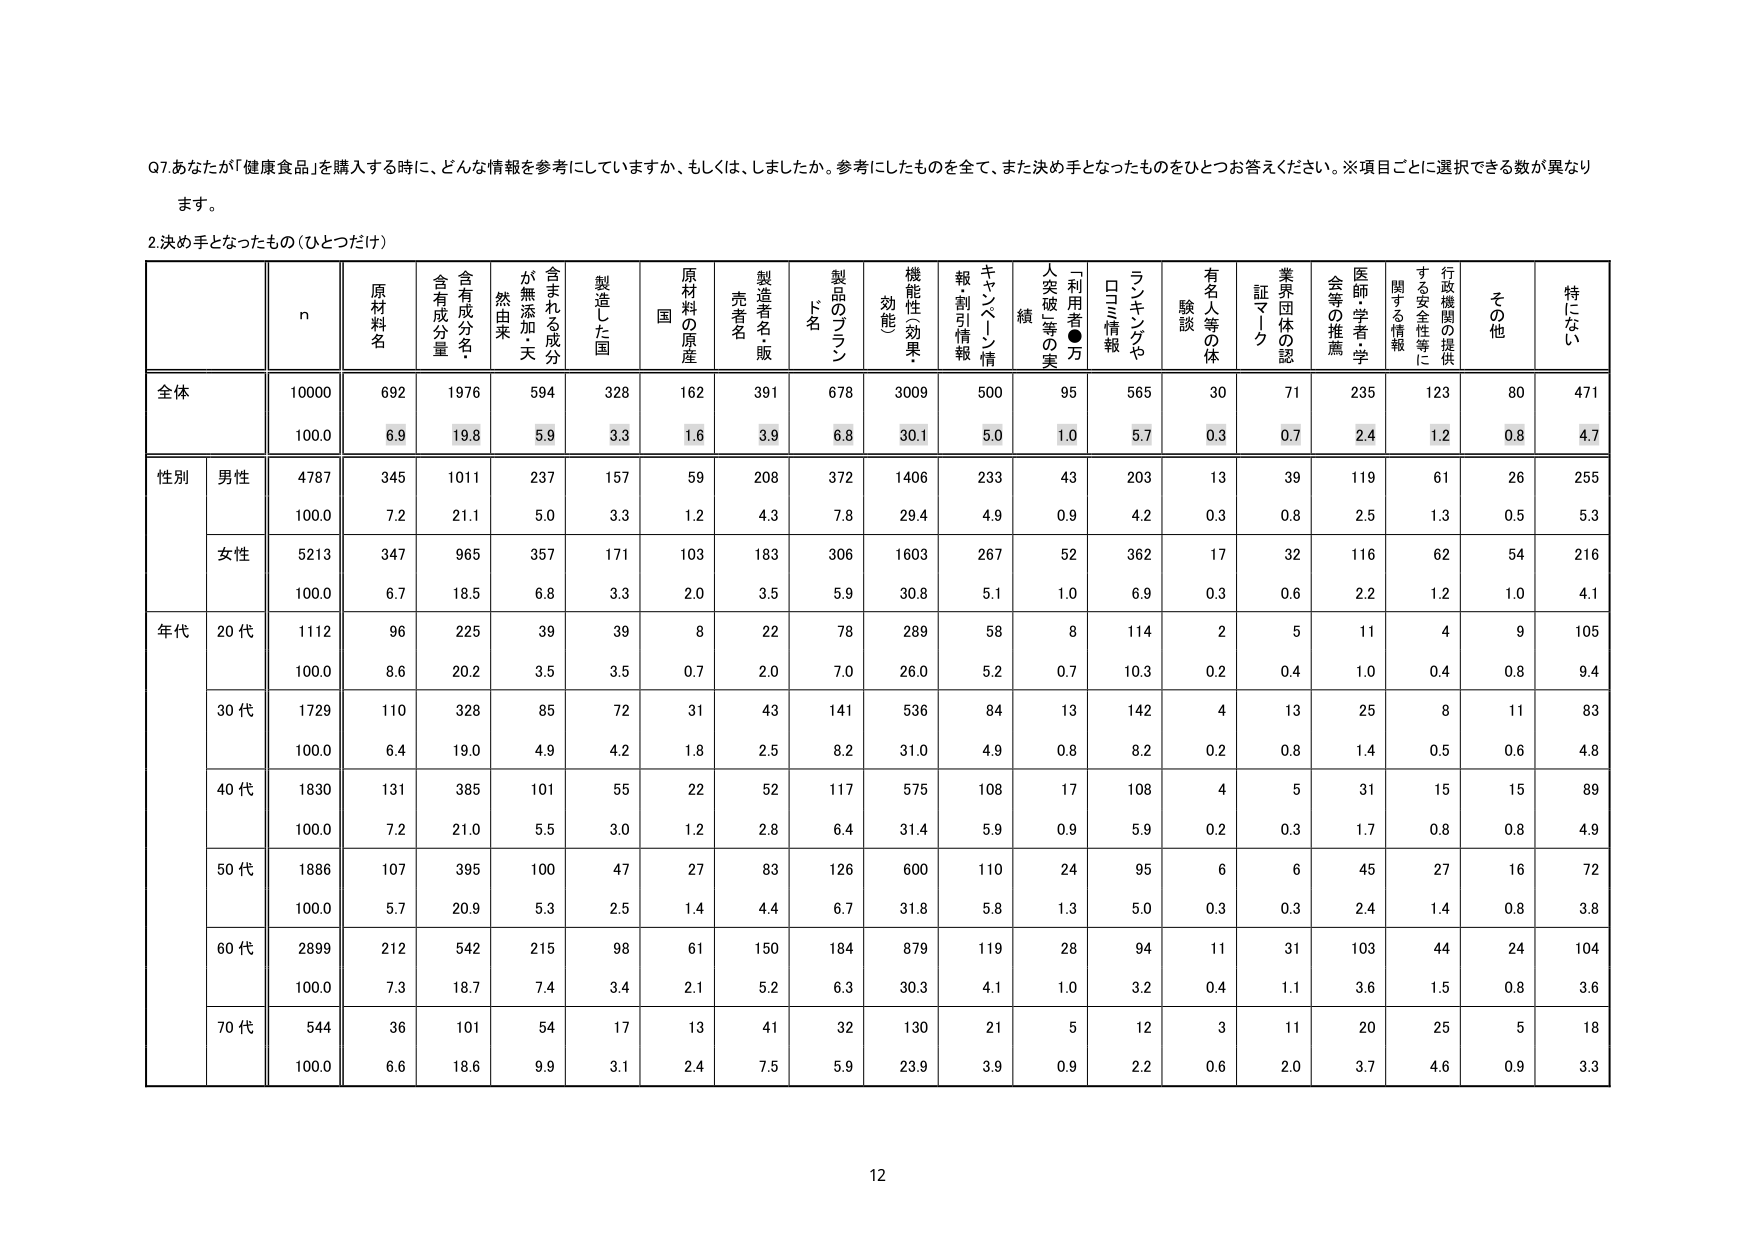
Q7.あなたが「健康食品」を購入する時に、どんな情報を参考にしていますか、もしくは、しましたか。参考にしたものを全て、また決め手となったものをひとつお答えください。※項目ごとに選択できる数が異なります。

2.決め手となったもの（ひとつだけ）

n 原材料名 含有成分名・含有成分量 が無添加・天然由来 含まれる成分 製造した国 国 原材料の原産 製造者名・販売者名 製品のブランド名 機能性（効果・効能） キャンペーン情報・割引情報 人突破等の実績 「利用者●万」 ランキングや口コミ情報 有名人等の体験談 業界団体の認証マーク 医師・学者・学会等の推薦 行政機関の提供する安全性等に関する情報 その他 特にない

全体 10000 692 1976 594 328 162 391 678 3009 500 95 565 30 71 235 123 80 471
100.0 6.9 19.8 5.9 3.3 1.6 3.9 6.8 30.1 5.0 1.0 5.7 0.3 0.7 2.4 1.2 0.8 4.7

性別 男性 4787 345 1011 237 157 59 208 372 1406 233 43 203 13 39 119 61 26 255
100.0 7.2 21.1 5.0 3.3 1.2 4.3 7.8 29.4 4.9 0.9 4.2 0.3 0.8 2.5 1.3 0.5 5.3

女性 5213 347 965 357 171 103 183 306 1603 267 52 362 17 32 116 62 54 216
100.0 6.7 18.5 6.8 3.3 2.0 3.5 5.9 30.8 5.1 1.0 6.9 0.3 0.6 2.2 1.2 1.0 4.1

年代 20代 1112 96 225 39 39 8 22 78 289 58 8 114 2 5 11 4 9 105
100.0 8.6 20.2 3.5 3.5 0.7 2.0 7.0 26.0 5.2 0.7 10.3 0.2 0.4 1.0 0.4 0.8 9.4

30代 1729 110 328 85 72 31 43 141 536 84 13 142 4 13 25 8 11 83
100.0 6.4 19.0 4.9 4.2 1.8 2.5 8.2 31.0 4.9 0.8 8.2 0.2 0.8 1.4 0.5 0.6 4.8

40代 1830 131 385 101 55 22 52 117 575 108 17 108 4 5 31 15 15 89
100.0 7.2 21.0 5.5 3.0 1.2 2.8 6.4 31.4 5.9 0.9 5.9 0.2 0.3 1.7 0.8 0.8 4.9

50代 1886 107 395 100 47 27 83 126 600 110 24 95 6 6 45 27 16 72
100.0 5.7 20.9 5.3 2.5 1.4 4.4 6.7 31.8 5.8 1.3 5.0 0.3 0.3 2.4 1.4 0.8 3.8

60代 2899 212 542 215 98 61 150 184 879 119 28 94 11 31 103 44 24 104
100.0 7.3 18.7 7.4 3.4 2.1 5.2 6.3 30.3 4.1 1.0 3.2 0.4 1.1 3.6 1.5 0.8 3.6

70代 544 36 101 54 17 13 41 32 130 21 5 12 3 11 20 25 5 18
100.0 6.6 18.6 9.9 3.1 2.4 7.5 5.9 23.9 3.9 0.9 2.2 0.6 2.0 3.7 4.6 0.9 3.3

12